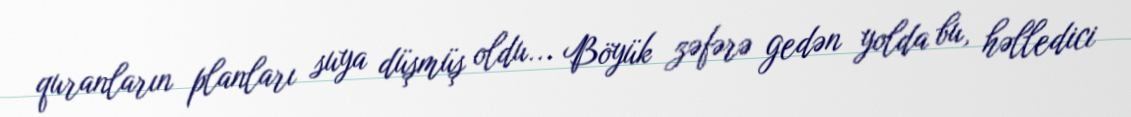
quranların planları suya düşmüş oldu... Böyük zəfərə gedən yolda bu, həlledici